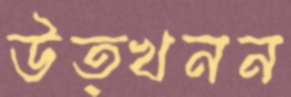
উত্খনন